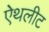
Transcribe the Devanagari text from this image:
ऐथलीट